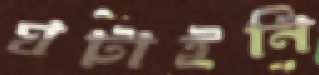
ঘটাইনি